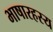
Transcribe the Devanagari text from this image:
भाषारहस्य